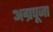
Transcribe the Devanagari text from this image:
अग्रपूजा